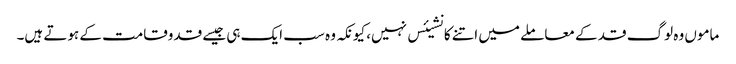
ماموں وہ لوگ قد کے معاملے میں اتنے کانشیئس نہیں، کیونکہ وہ سب ایک ہی جیسے قدوقامت کے ہوتے ہیں۔